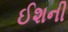
ઈશની